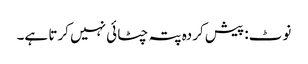
نوٹ: پیش کردہ پتہ چٹائی نہیں کرتا ہے۔